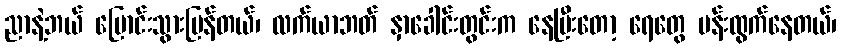
ညာနဲ့ဘယ် ပြောင်းသွားပြန်တယ်၊ လက်ယာဘတ် နှာခေါင်းတွင်းက နေပြီးတော့ ရေတွေ ပန်းထွက်နေတယ်၊